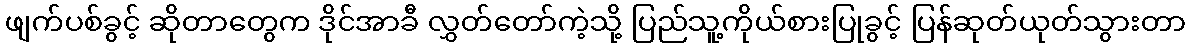
ဖျက်ပစ်ခွင့် ဆိုတာတွေက ဒိုင်အာခီ လွှတ်တော်ကဲ့သို့ ပြည်သူ့ကိုယ်စားပြုခွင့် ပြန်ဆုတ်ယုတ်သွားတာ